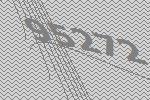
95272